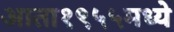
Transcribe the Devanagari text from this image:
आता१९५५मध्ये